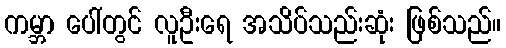
ကမ္ဘာ ပေါ်တွင် လူဦးရေ အသိပ်သည်းဆုံး ဖြစ်သည်။